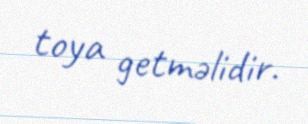
toya getməlidir.